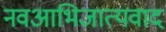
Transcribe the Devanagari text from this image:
नवआभिजात्यवाद